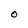
Character: O